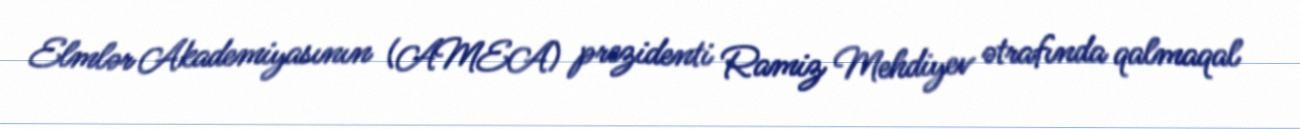
Elmlər Akademiyasının (AMEA) prezidenti Ramiz Mehdiyev ətrafında qalmaqal